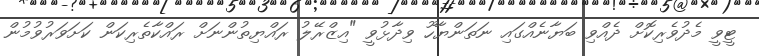
ޓީވީ މެދުވެރިކޮށް ދެއްވި ބަޔާނެއްގައި ނަތަންޔާހޫ ވިދާޅުވީ "އިޒްރޭލު ރައްޔިތުންނަށް ރައްކާތެރިކަން ކަށަވަރުވުމުން